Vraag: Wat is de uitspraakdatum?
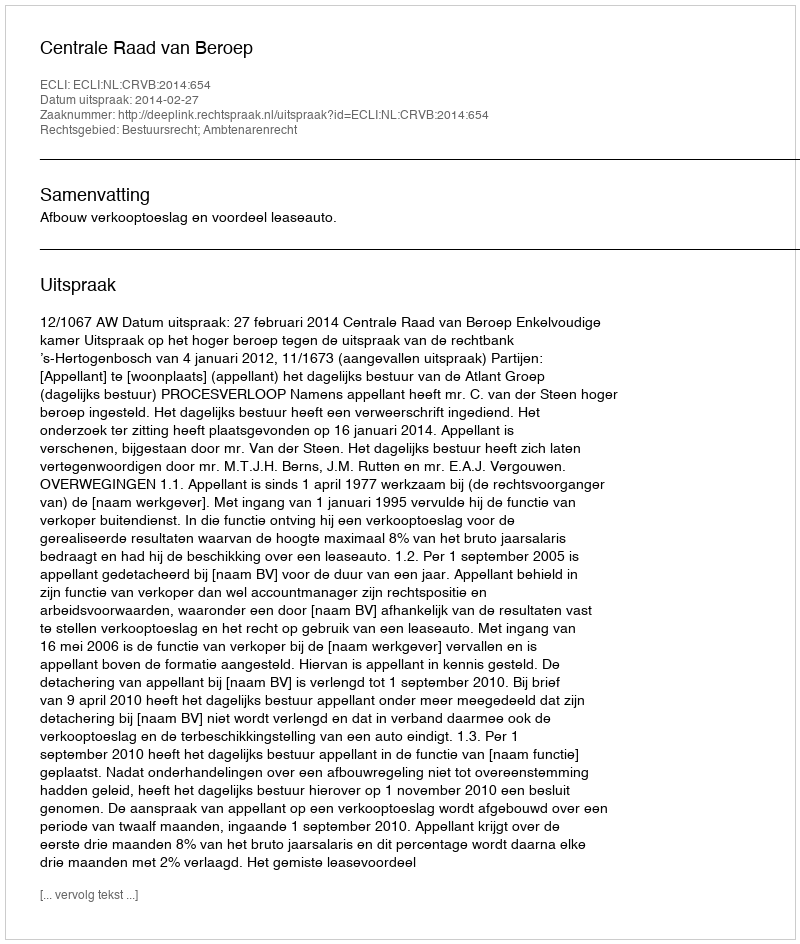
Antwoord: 2014-02-27